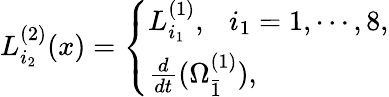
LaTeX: L_{i_{2}}^{(2)}(x)=\left\{ \begin{array}{ll}{{L_{i_{1}}^{(1)},\ \ \ i_{1}=1,\cdots,8,}}\\ {{\frac{d}{dt}(\Omega_{\bar{1}}^{(1)}),}}\end{array}\right.